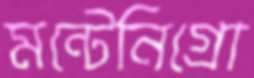
মন্টেনিগ্রো